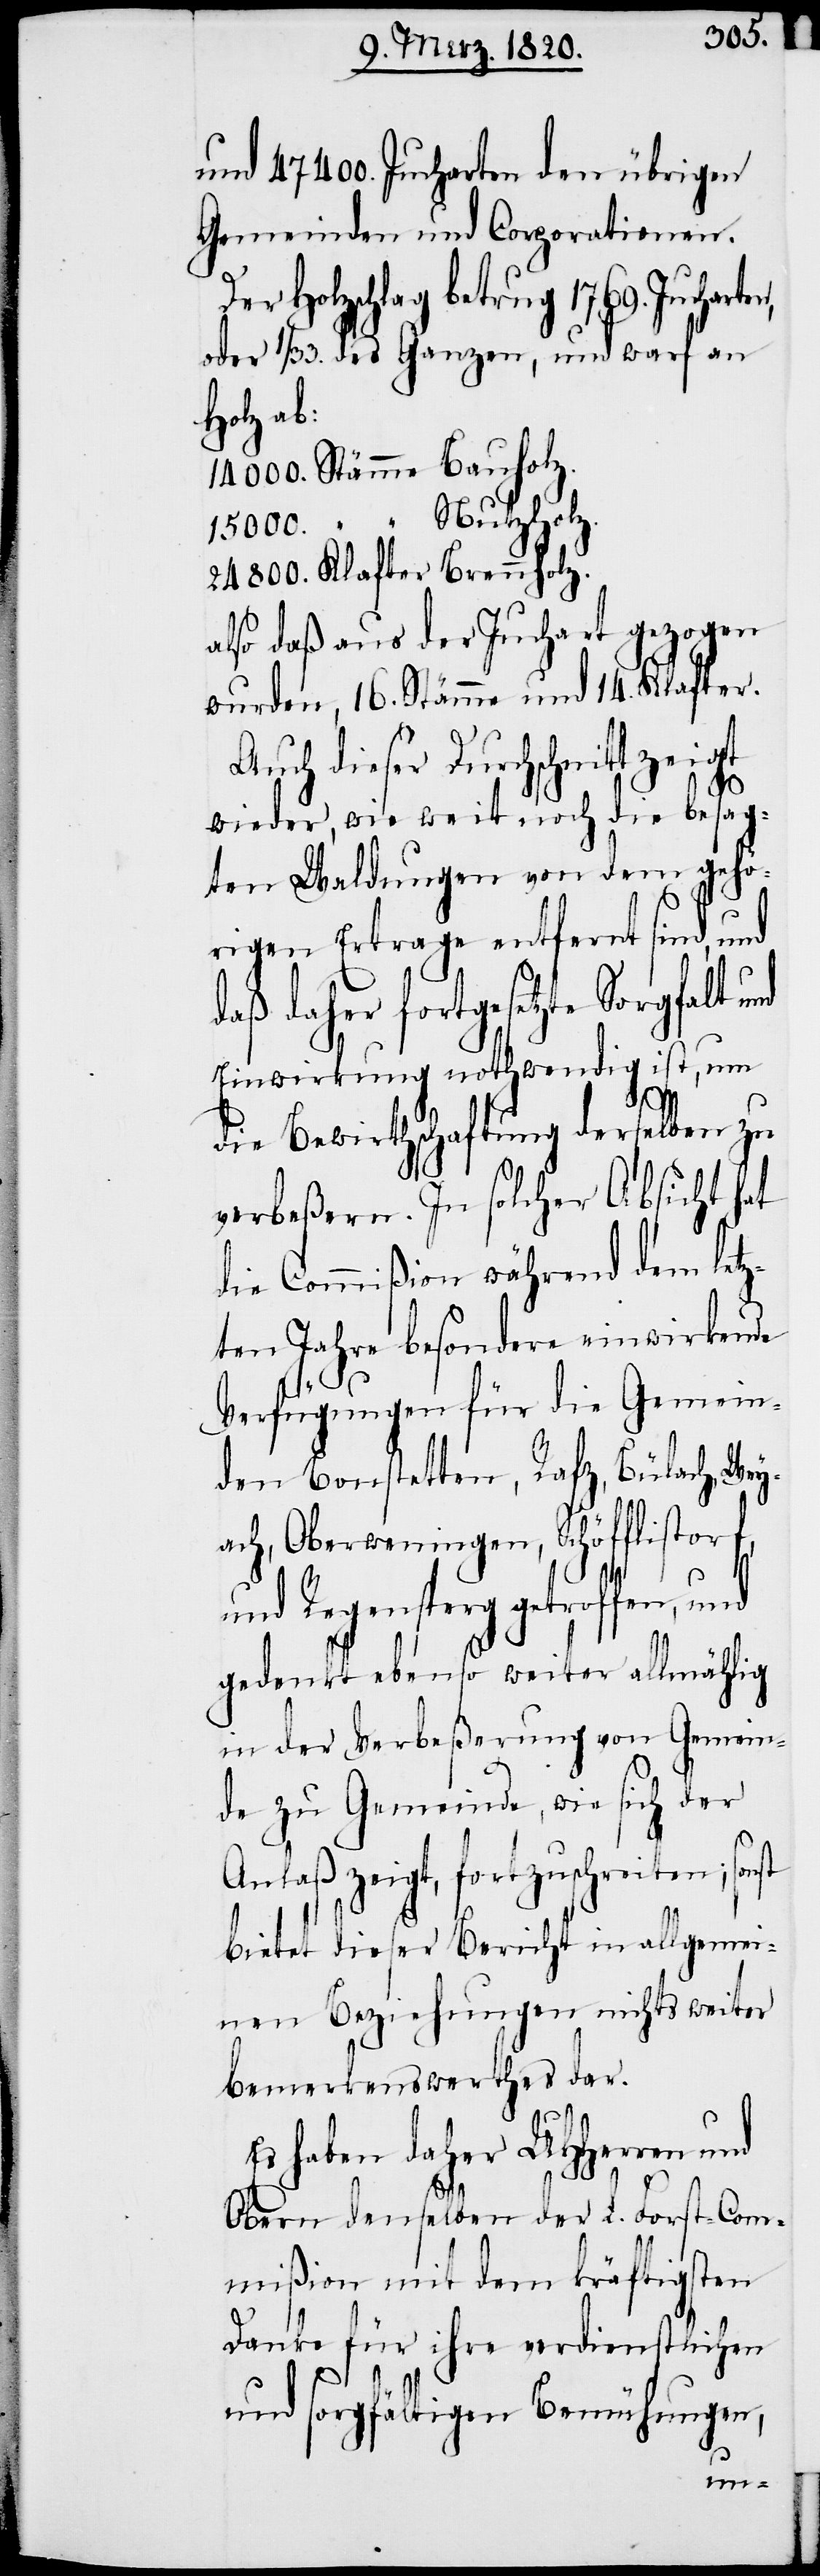
und 47400. Jucharten den übrigen
Gemeinden und Corporationen.
Holzschlag betrug 1769. Juchart¬
oder 1/33. des Ganzen, und warf an
Holz ab:
14000. Stämme Bauholz.
„ Nutzholz.
15000.
24800. Klafter Brennholz.
also daß aus der Juchart gezogen
wurden, 16. Stämme und 14. Klafter.
Auch dieser Durchschnitt zeigt
wieder, wie weit noch die besag¬
ten Waldungen von dem gehö¬
rigen Ertrage entfernt sind, und
daß daher fortgesetzte Sorgfalt
Einwirkung nothwendig ist, um
die Bewirthschaftung derselben zu
verbeßern. In solcher Absicht hat
die Commißion während dem letz¬
ten Jahre besondere einwirkende
Verfügungen für die Gemein¬
den Bonstetten, Rafz, Bülach, Wey¬
ach, Oberweningen, Schöfflistorf,
und Regensperg getroffen,
gedenkt ebenso weiter allmählig
in der Verbeßerung von Gemein¬
de zu Gemeinde, wie sich der
Anlaß zeigt, fortzuschreiten; so¬
bietet dieser Bericht in allgemei¬
nen Beziehungen nichts weiter
bemerkenswerthes dar.
Es haben daher UHHerren und
Obern denselben der L. Forst-Com¬
mißion mit dem kräftigsten
Danke für ihre verdienstlichen
und sorgfältigen Bemühungen,
nst